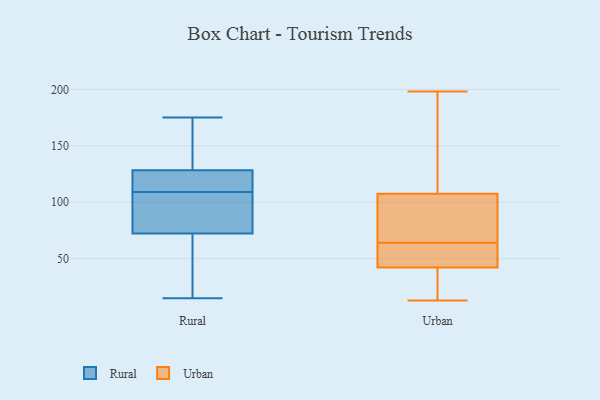
{"axis": {"x": "Active Users", "y": "Value"}, "legend": ["Rural", "Urban"], "data": [{"x": "", "y": 68, "type": "Rural"}, {"x": "", "y": 116, "type": "Rural"}, {"x": "", "y": 109, "type": "Rural"}, {"x": "", "y": 123, "type": "Rural"}, {"x": "", "y": 37, "type": "Rural"}, {"x": "", "y": 175, "type": "Rural"}, {"x": "", "y": 85, "type": "Rural"}, {"x": "", "y": 15, "type": "Rural"}, {"x": "", "y": 163, "type": "Rural"}, {"x": "", "y": 86, "type": "Rural"}, {"x": "", "y": 130, "type": "Rural"}, {"x": "", "y": 198, "type": "Urban"}, {"x": "", "y": 13, "type": "Urban"}, {"x": "", "y": 40, "type": "Urban"}, {"x": "", "y": 29, "type": "Urban"}, {"x": "", "y": 107, "type": "Urban"}, {"x": "", "y": 100, "type": "Urban"}, {"x": "", "y": 56, "type": "Urban"}, {"x": "", "y": 70, "type": "Urban"}, {"x": "", "y": 123, "type": "Urban"}, {"x": "", "y": 40, "type": "Urban"}, {"x": "", "y": 109, "type": "Urban"}, {"x": "", "y": 43, "type": "Urban"}, {"x": "", "y": 64, "type": "Urban"}, {"x": "", "y": 62, "type": "Urban"}, {"x": "", "y": 62, "type": "Urban"}, {"x": "", "y": 124, "type": "Urban"}, {"x": "", "y": 89, "type": "Urban"}]}